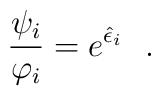
\frac{\psi_i}{\varphi_i}=e^{\hat\epsilon_i}\ \ .